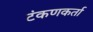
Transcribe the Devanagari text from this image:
टंकणकर्ता